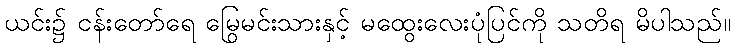
ယင်း၌ ငန်းတော်ရေ မြွေမင်းသားနှင့် မထွေးလေးပုံပြင်ကို သတိရ မိပါသည်။